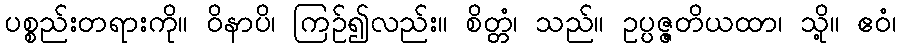
ပစ္စည်းတရားကို။ ဝိနာပိ၊ ကြဉ်၍လည်း။ စိတ္တံ၊ သည်။ ဥပ္ပဇ္ဇတိယထာ၊ သို့။ ဧဝံ၊